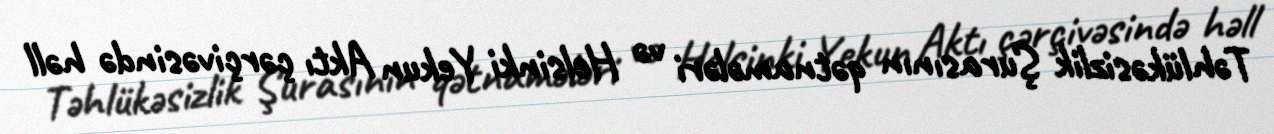
Təhlükəsizlik Şurasının qətnamələri və Helsinki Yekun Aktı çərçivəsində həll